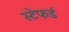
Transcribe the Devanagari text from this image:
स्टेफर्ड